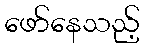
ဖော်နေသည့်